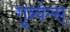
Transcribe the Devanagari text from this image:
ग्रून्न्येन्स्